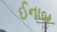
ઈનાબ